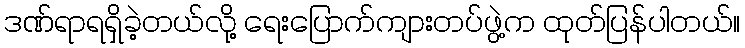
ဒဏ်ရာရရှိခဲ့တယ်လို့ ရေးပြောက်ကျားတပ်ဖွဲ့က ထုတ်ပြန်ပါတယ်။